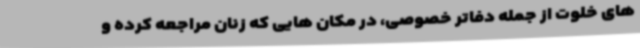
های خلوت از جمله دفاتر خصوصی، در مکان هایی که زنان مراجعه کرده و